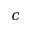
c